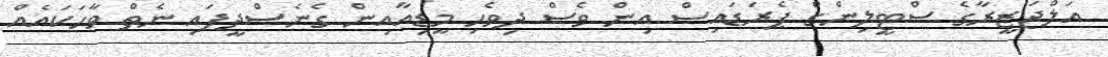
އަލްޖަޒީރާގެ ސްޓީލިންގް ޕެރަޑައިސް އިން ވެސް ދިވެހި މީޑިއާއިން ގެނެސްދީފައި ނެތް ވާހަކައެއް